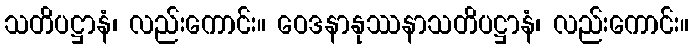
သတိပဋ္ဌာနံ၊ လည်းကောင်း။ ဝေဒနာနုဿနာသတိပဋ္ဌာနံ၊ လည်းကောင်း။